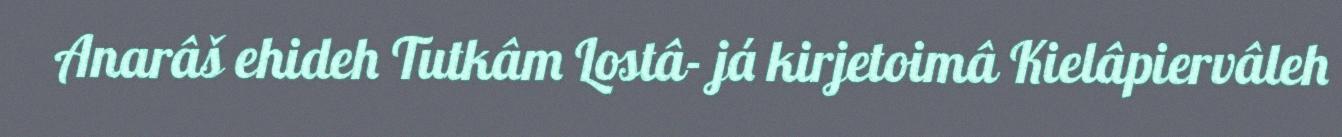
Anarâš ehideh Tutkâm Lostâ- já kirjetoimâ Kielâpiervâleh